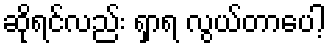
ဆိုရင်လည်း ရှာရ လွယ်တာပေါ့